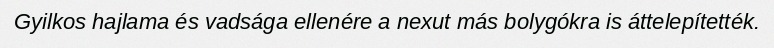
Gyilkos hajlama és vadsága ellenére a nexut más bolygókra is áttelepítették.